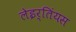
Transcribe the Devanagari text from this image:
लेइर्तिंयस